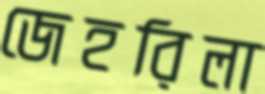
জেহরিলা